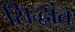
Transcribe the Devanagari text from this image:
सिद्धांत्‌